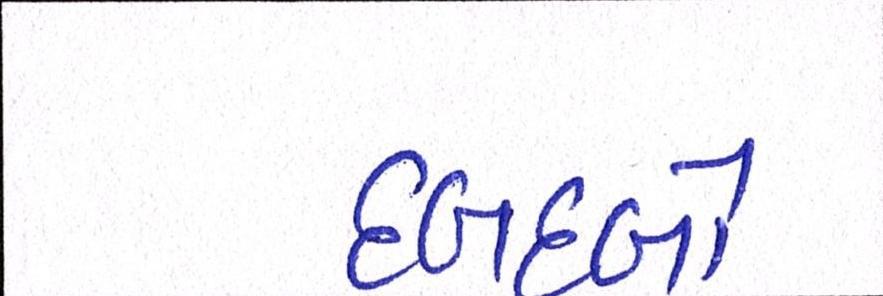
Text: દબદબો